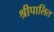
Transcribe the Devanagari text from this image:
श्रीपालित